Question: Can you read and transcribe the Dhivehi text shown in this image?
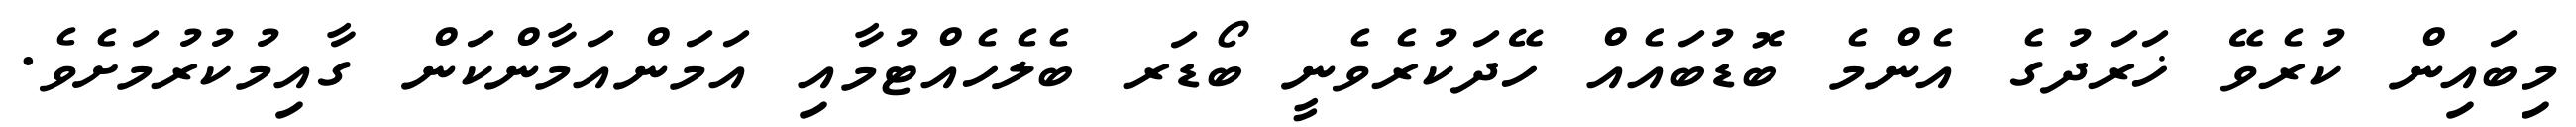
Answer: މިބައިން ކުރެވޭ ޚަރަދުގެ އެންމެ ބޮޑުބައެއް ހޭދަކުރެވެނީ ބޯޑަރ ބެލެހެއްޓުމާއި އަމަންއަމާންކަން ގާއިމުކުރުމަށެވެ.